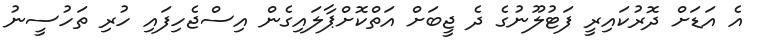
އެ އަޑަށް ދޮރުކައިރީ ފަޓުލޫނުގެ ދެ ޖީބަށް އަތްކޮށްޕާލައިގެން އިސްޖެހިފައި ހުރި ތަހުސީނު